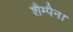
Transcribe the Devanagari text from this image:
शैम्पैन।